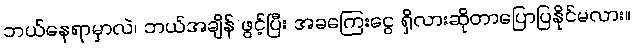
ဘယ်နေရာမှာလဲ၊ ဘယ်အချိန် ဖွင့်ပြီး အခကြေးငွေ ရှိလားဆိုတာပြောပြနိုင်မလား။